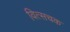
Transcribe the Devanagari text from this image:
वित्सचक